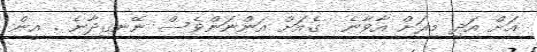
އަށް އަދި މިރަށް އާވާނެ  ގެއަށް އަންނަންވެސް ނޭނގިދާނެ . އީން